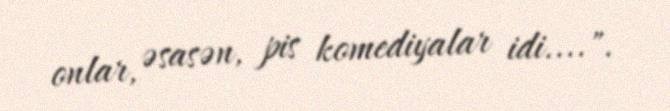
onlar, əsasən, pis komediyalar idi....".